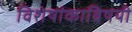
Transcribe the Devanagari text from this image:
विशेषांकाविषयी